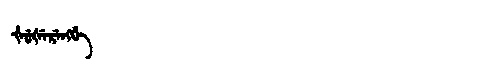
Manchu: ᡧᡠᡧᡝᡵᡝᠩᡤᡝ
Romanization: ŠUŠERENGGE